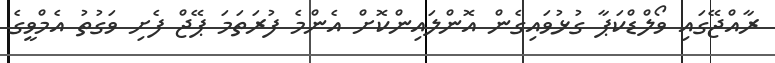
ރާއްޖޭގައި ވޯލްޑްކަޕާ ގުޅުވައިގެން އޮންލައިންކޮށް އެންމެ ފުރަތަމަ ޕޭޖް ފެށި ވަގުތު އެމްވީގެ